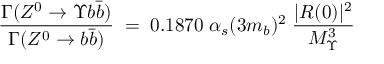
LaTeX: { { \frac { \Gamma ( Z ^ { 0 } \rightarrow \Upsilon b { \bar { b } } ) } { \Gamma ( Z ^ { 0 } \rightarrow b { \bar { b } } ) } } \; = \; 0 . 1 8 7 0 \; \alpha _ { s } ( 3 m _ { b } ) ^ { 2 } \; { \frac { | R ( 0 ) | ^ { 2 } } { M _ { \Upsilon } ^ { 3 } } } \; }